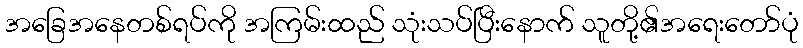
အခြေအနေတစ်ရပ်ကို အကြမ်းထည် သုံးသပ်ပြီးနောက် သူတို့၏အရေးတော်ပုံ